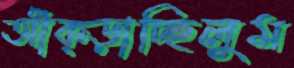
আঁক্‌ড়াচ্ছিলুম